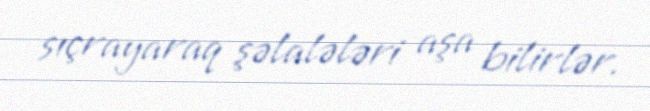
sıçrayaraq şəlalələri aşa bilirlər.